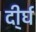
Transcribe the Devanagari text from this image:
दी्र्घ